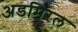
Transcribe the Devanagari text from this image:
अडमिरल